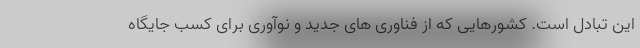
این تبادل است. کشورهایی که از فناوری های جدید و نوآوری برای کسب جایگاه